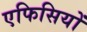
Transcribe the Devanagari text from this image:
एफिसियों